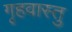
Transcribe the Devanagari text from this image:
गृहवास्तु